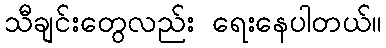
သီချင်းတွေလည်း ရေးနေပါတယ်။